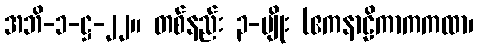
အဘိ-၁-ဋ္ဌ-၂၂။ တစ်နည်း ၃-မျိုး (ဧကနာဠိကာကကထာ၊